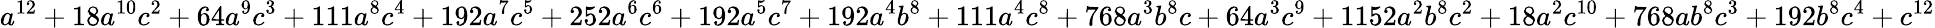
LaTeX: a^{12}+18a^{10}c^{2}+64a^{9}c^{3}+111a^{8}c^{4}+192a^{7}c^{5}+252a^{6}c^{6}+192a^{5}c^{7}+192a^{4}b^{8}+111a^{4}c^{8}+768a^{3}b^{8}c+64a^{3}c^{9}+1152a^{2}b^{8}c^{2}+18a^{2}c^{10}+768ab^{8}c^{3}+192b^{8}c^{4}+c^{12}